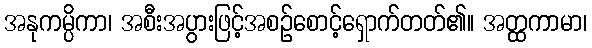
အနုကမ္ပိကာ၊ အစီးအပွားဖြင့်အစဉ်စောင့်ရှောက်တတ်၏။ အတ္ထကာမာ၊